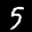
Label: 5